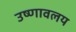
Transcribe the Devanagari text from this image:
उष्णावलय